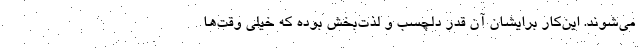
می‌شوند. این‌کار برایشان آن قدر دلچسب و لذت‌بخش بوده که خیلی وقت‌ها